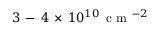
3 \, - \, 4 \, \times \, 1 0 ^ { 1 0 } \, \mathrm { ~ c ~ m ~ } ^ { - 2 }